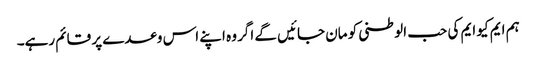
ہم ایم کیو ایم کی حب الوطنی کو مان جائیں گے اگر وہ اپنے اس وعدے پر قائم رہے۔